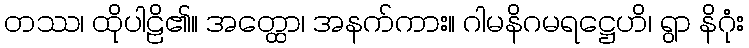
တဿ၊ ထိုပါဠိ၏။ အတ္ထော၊ အနက်ကား။ ဂါမနိဂမရဋ္ဌေဟိ၊ ရွာ နိဂုံး